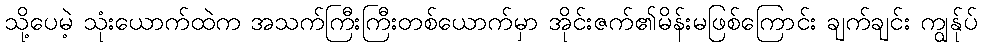
သို့ပေမဲ့ သုံးယောက်ထဲက အသက်ကြီးကြီးတစ်ယောက်မှာ အိုင်းဇက်၏မိန်းမဖြစ်ကြောင်း ချက်ချင်း ကျွန်ုပ်